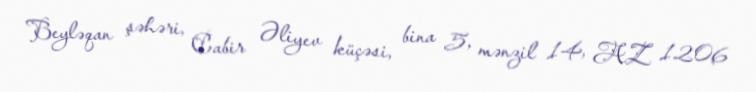
Beyləqan şəhəri, Cabir Əliyev küçəsi, bina 5, mənzil 14, AZ 1206